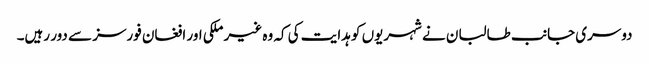
دوسری جانب طالبان نے شہریوں کو ہدایت کی کہ وہ غیر ملکی اور افغان فورسز سے دور رہیں۔